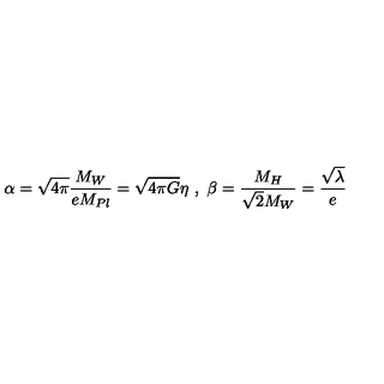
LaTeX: \alpha = \sqrt { 4 \pi } \frac { M _ { W } } { e M _ { P l } } = \sqrt { 4 \pi G } \eta \ , \ \beta = \frac { M _ { H } } { \sqrt { 2 } M _ { W } } = \frac { \sqrt { \lambda } } { e }